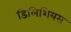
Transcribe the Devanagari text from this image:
डिलिशियस